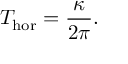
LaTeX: T _ { \mathrm { h o r } } = \frac { \kappa } { 2 \pi } .